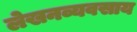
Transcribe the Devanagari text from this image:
लेखनव्यवसाय